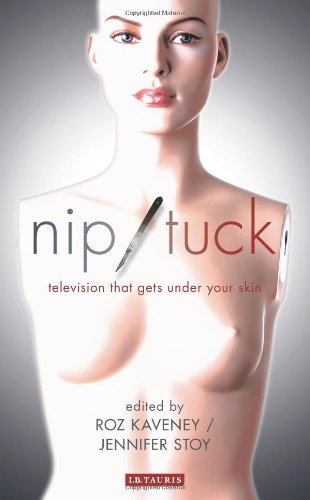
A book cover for Nip/Tuck: Television That Gets Under Your Skin (Reading Contemporary Television); Humor & Entertainment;